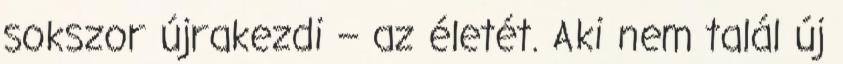
sokszor újrakezdi – az életét. Aki nem talál új